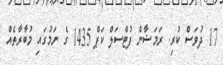
17 ދުވަސް ކުރި. ރަމަޟާން ފުޓްސަލް ކަޕް 1435 ގެ ނަމުގައި މުބާރާތެއް